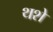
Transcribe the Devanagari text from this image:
थशे